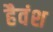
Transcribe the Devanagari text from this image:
हैवंश